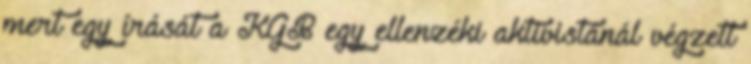
mert egy írását a KGB egy ellenzéki aktivistánál végzett